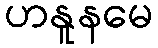
ဟနူနမေ